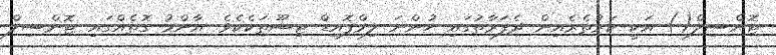
ޓޮންސިލް() އަކީ ކަރުތެރެއިން ދެފަރާތުގައި ހުންނަ ލިމްފޮއިޑް ޓިޝޫތަކެކެވެ. އާންމު ގޮތެއްގައި ޓޮންސިލް